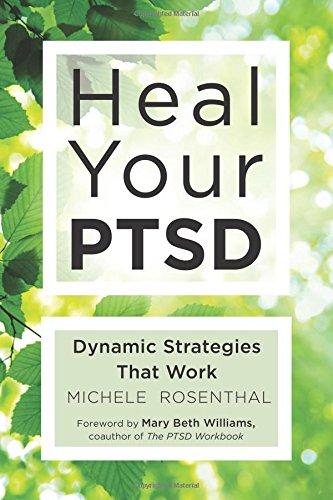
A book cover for Heal Your PTSD: Dynamic Strategies That Work; Michele Rosenthal; Health, Fitness & Dieting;